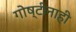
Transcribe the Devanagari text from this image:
गोष्टीनाही